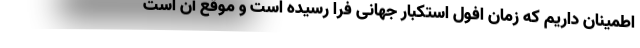
اطمینان داریم که زمان افول استکبار جهانی فرا رسیده است و موقع آن است